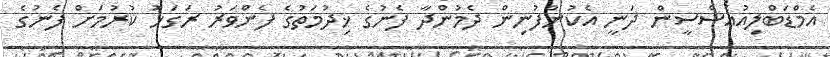
އެމްޑަބްލިއުއެސްސީން ދަނީ އެކުންފުނިން ދެމުންދާ ފެނުގެ ޚިދުމަތުގެ ފެންވަރު ރަގަޅު ކުރުމަށް ފެނުގެ